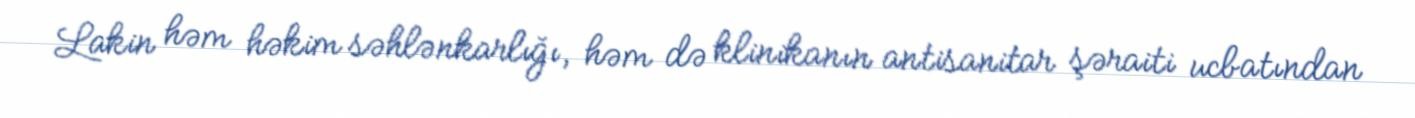
Lakin həm həkim səhlənkarlığı, həm də klinikanın antisanitar şəraiti ucbatından